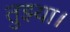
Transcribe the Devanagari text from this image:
तुझ्या।